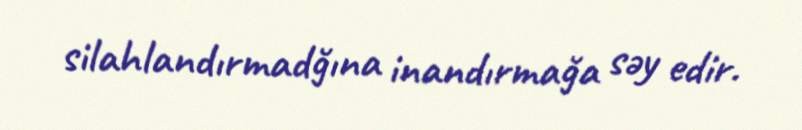
silahlandırmadğına inandırmağa səy edir.